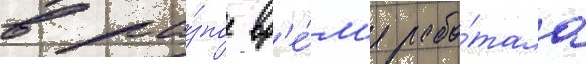
в ра́зное вр'е́м'я рабо́тала